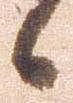
候